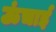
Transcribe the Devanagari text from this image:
ऊंचार्इ